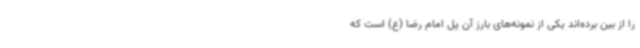
را از بین برده‌اند یکی از نمونه‌های بارز آن پل امام رضا (ع) است که